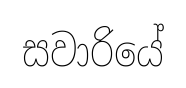
සවාරියේ